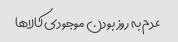
عدم به روز بودن موجودی کالاها